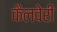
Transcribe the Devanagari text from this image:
कैलवेरी